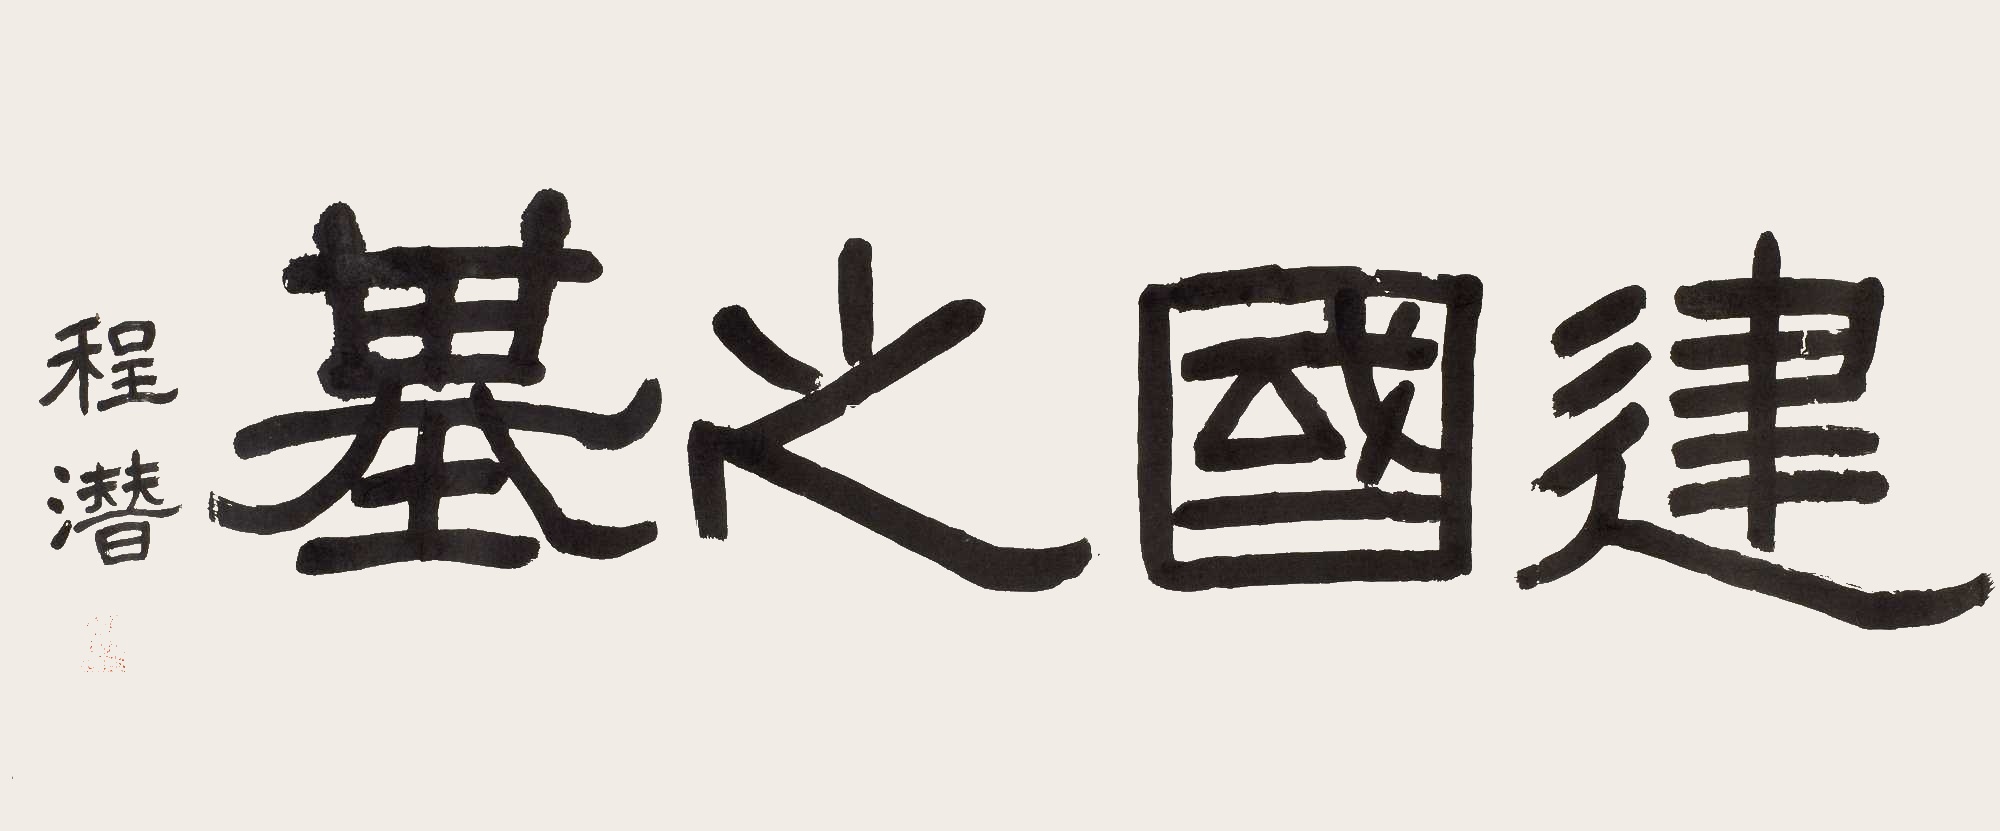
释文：建国之基程潜。